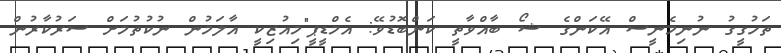
ތަހުގީގު ނުނިމެނީސް އޭކަންގެ ޝޯ ބާއްވާތީ ކަންބޮޑުވޭ: އެމްޑީޕީ"މިއުޒިކީ އާލަމުން ނުކުތުމަށް ސަރުކާރުން